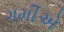
ગમીએ